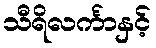
သီရိလင်္ကာနှင့်